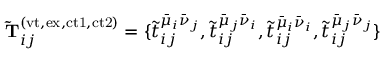
\mathbf { \widetilde { T } } _ { i j } ^ { ( \mathrm { v t , e x , c t 1 , c t 2 } ) } = \{ \tilde { t } _ { i j } ^ { \bar { \mu } _ { i } \bar { \nu } _ { j } } , \tilde { t } _ { i j } ^ { \bar { \mu } _ { j } \bar { \nu } _ { i } } , \tilde { t } _ { i j } ^ { \bar { \mu } _ { i } \bar { \nu } _ { i } } , \tilde { t } _ { i j } ^ { \bar { \mu } _ { j } \bar { \nu } _ { j } } \}